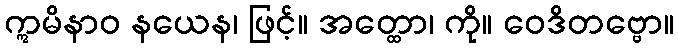
ဣမိနာဝ နယေန၊ ဖြင့်။ အတ္ထော၊ ကို။ ဝေဒိတဗ္ဗော။